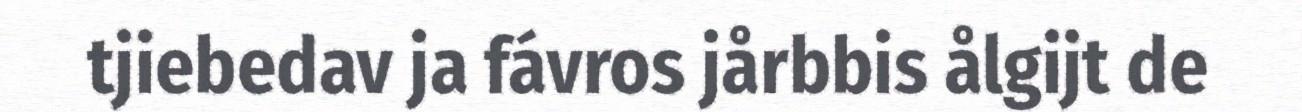
tjiebedav ja fávros jårbbis ålgijt de